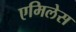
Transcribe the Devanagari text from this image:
एमिलेस